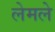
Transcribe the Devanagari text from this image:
लेमले